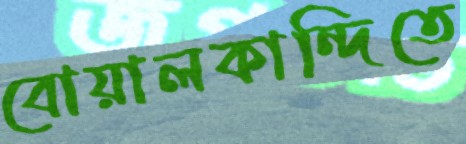
বোয়ালকান্দিতে